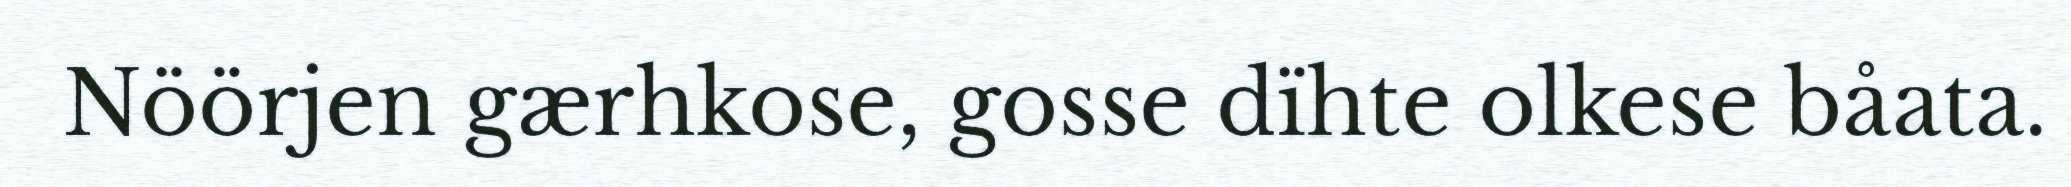
Nöörjen gærhkose, gosse dïhte olkese båata.